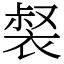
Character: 裻